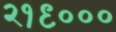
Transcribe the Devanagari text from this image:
२१९०००